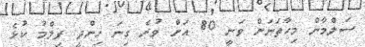
ސަލްމާން މިހާތަނަށް ވަނީ 80 އަށް ވުރެ ގިނަ ހިންދީ ފިލްމު ކުޅެ